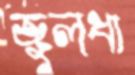
জুলধা